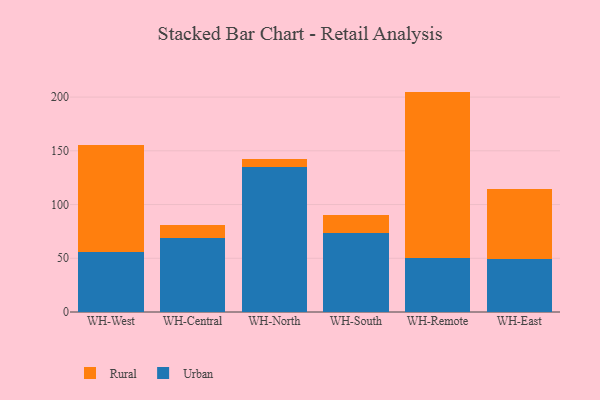
{"axis": {"x": "Warehouse", "y": "Page Views"}, "legend": ["Rural", "Urban"], "data": [{"x": "WH-West", "y": 56.1, "type": "Urban"}, {"x": "WH-West", "y": 99.3, "type": "Rural"}, {"x": "WH-Central", "y": 69.3, "type": "Urban"}, {"x": "WH-Central", "y": 11.2, "type": "Rural"}, {"x": "WH-North", "y": 134.6, "type": "Urban"}, {"x": "WH-North", "y": 7.9, "type": "Rural"}, {"x": "WH-South", "y": 73.6, "type": "Urban"}, {"x": "WH-South", "y": 16.7, "type": "Rural"}, {"x": "WH-Remote", "y": 50.7, "type": "Urban"}, {"x": "WH-Remote", "y": 154.4, "type": "Rural"}, {"x": "WH-East", "y": 49.7, "type": "Urban"}, {"x": "WH-East", "y": 64.6, "type": "Rural"}]}